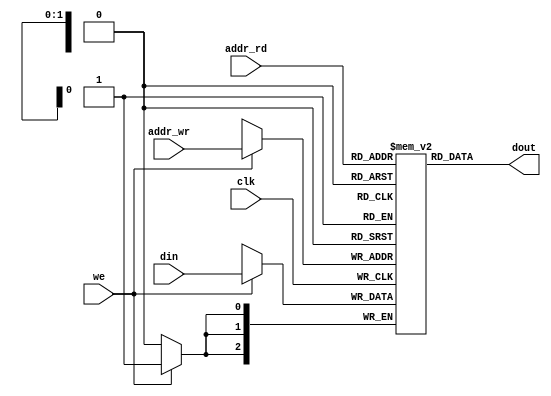
`timescale 1ns / 1ps

module dual_port_RAM
#(parameter addr_width = 2, data_width=3)(
    input wire clk,we,
    input wire [addr_width - 1:0] addr_wr,addr_rd,
    input wire [data_width - 1:0] din,
    output wire [data_width - 1:0] dout
);
    
    //create the RAM
    reg [data_width - 1:0] dual_port_ram [2**addr_width - 1:0];
    
always @ (posedge  clk) begin
    if(we)    
        dual_port_ram [addr_wr] <= din; //data write
end
assign dout = dual_port_ram[addr_rd];
endmodule


`timescale 1ns / 1ps